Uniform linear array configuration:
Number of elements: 24
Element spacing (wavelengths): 0.5
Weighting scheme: exponential
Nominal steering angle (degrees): -15
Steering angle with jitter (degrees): -14.968
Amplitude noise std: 0.05
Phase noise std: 0.05

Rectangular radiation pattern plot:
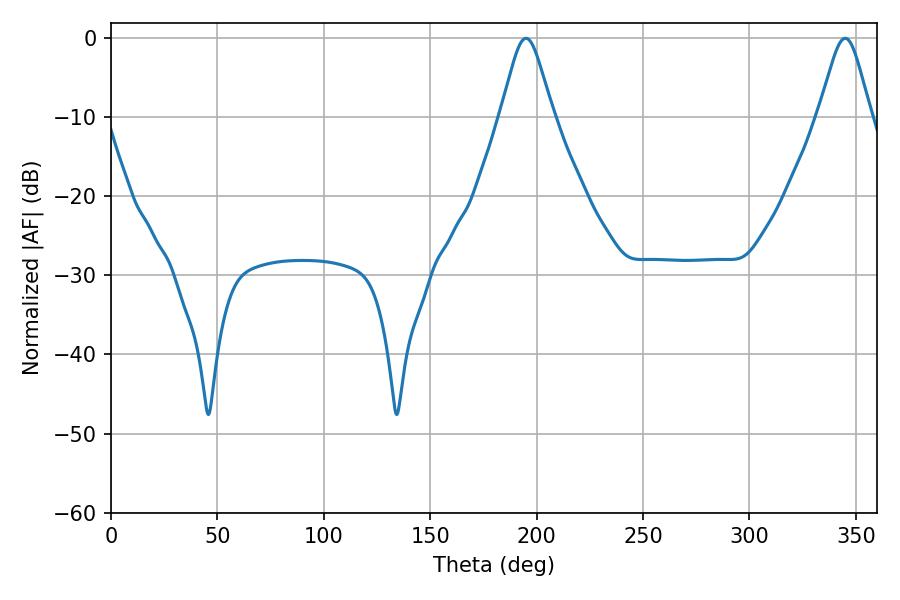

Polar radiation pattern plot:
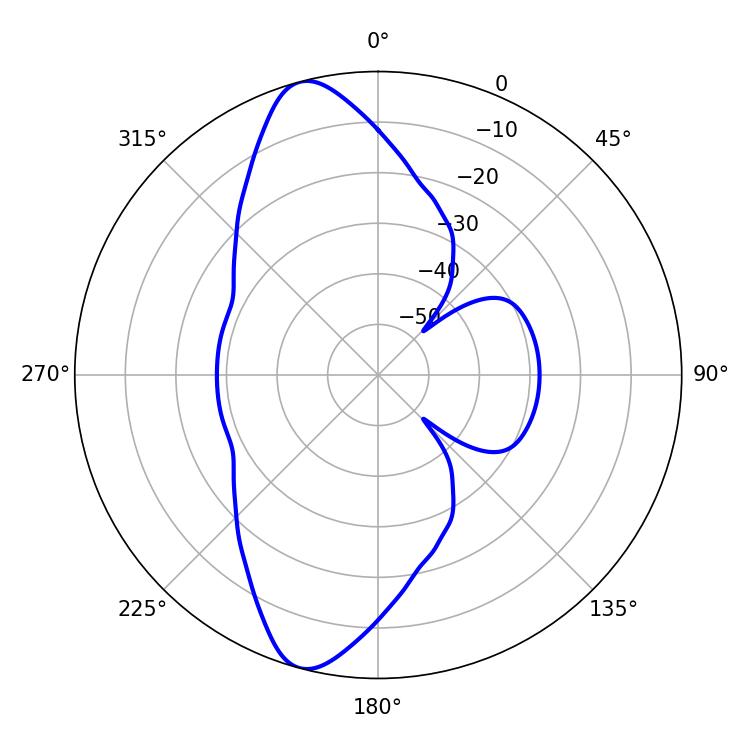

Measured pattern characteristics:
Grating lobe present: FALSE
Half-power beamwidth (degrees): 11.88
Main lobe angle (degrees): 194.94